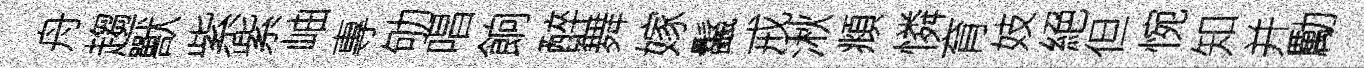
舟趨獸紫紫岫專劬唱餉醉舞嫁鬣戒湫頫憐育妓絕但惋知并勵